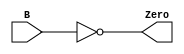
`timescale 1ns / 1ps
//////////////////////////////////////////////////////////////////////////////////
// Company: 
// Engineer: 
// 
// Design Name: 
// Module Name:    ARITHMETIC LOGIC UNIT 
// Project Name: 	 Design ARM Architecture 	
// Target Devices: 
// Tool versions: 
// Description: 
//
// Dependencies: 
//
// Revision: 
// Revision 0.01 - File Created
// Additional Comments: 
//
//////////////////////////////////////////////////////////////////////////////////
module Comp0(
    input [63:0] B,
    output Zero
    );
	assign Zero = (B == 0);
endmodule